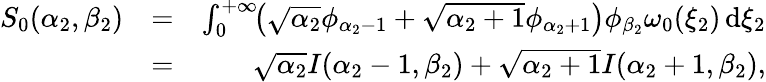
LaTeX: \begin{array}{rlr}{S_{0}(\alpha_{2},\beta_{2})}&{=}&{\int_{0}^{+\infty}\! \! \left(\sqrt{\alpha_{2}}\phi_{\alpha_{2}-1}+\sqrt{\alpha_{2}+1}\phi_{\alpha_{2}+1}\right)\phi_{\beta_{2}}\omega_{0}(\xi_{2})\, \mathrm{d}\xi_{2}}\\ &{=}&{\sqrt{\alpha_{2}}I(\alpha_{2}-1,\beta_{2})+\sqrt{\alpha_{2}+1}I(\alpha_{2}+1,\beta_{2}),}\end{array}